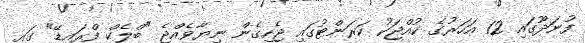
ފުނަދޫގައި 12 އަހަރުގެ ކުއްޖަކު ކަރަންޓުގައި ޖެހިގެން ނިޔާވެއްޖެ "ބްލެކް ފްރައިޑޭ" ގައި